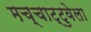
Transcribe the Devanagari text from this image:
मच्चाट्टुवेला